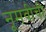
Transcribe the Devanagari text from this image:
नूमवीची